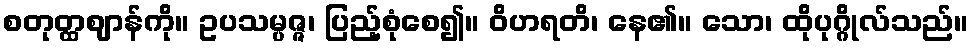
စတုတ္ထဈာန်ကို။ ဥပသမ္ပဇ္ဇ၊ ပြည့်စုံစေ၍။ ဝိဟရတိ၊ နေ၏။ သော၊ ထိုပုဂ္ဂိုလ်သည်။